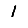
Digit: 1